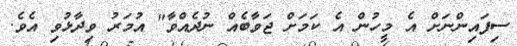
ސިފައިންނަށް އެ މީހުން އެ ކަމަށް ޖަވާބެއް ނުދެއްވާ" އުމަރު ވިދާޅުވި އެވެ.